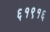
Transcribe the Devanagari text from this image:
६१९१६